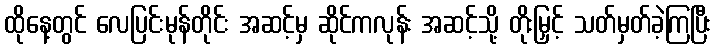
ထိုနေ့တွင် လေပြင်းမုန်တိုင်း အဆင့်မှ ဆိုင်ကလုန်း အဆင့်သို့ တိုးမြှင့် သတ်မှတ်ခဲ့ကြပြီး